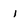
Character: 1